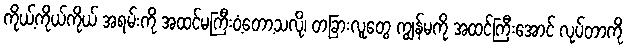
ကိုယ့်ကိုယ်ကိုယ် အရမ်းကို အထင်မကြီးဝံ့တော့သလို၊ တခြားလူတွေ ကျွန်မကို အထင်ကြီးအောင် လုပ်တာကို